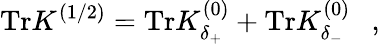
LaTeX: \mathrm{Tr}K^{(1/2)}=\mathrm{Tr}K_{\delta_{+}}^{(0)}+\mathrm{Tr}K_{\delta_{-}}^{(0)}~~~,